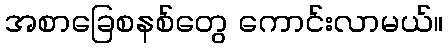
အစာခြေစနစ်တွေ ကောင်းလာမယ်။